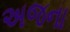
અજના